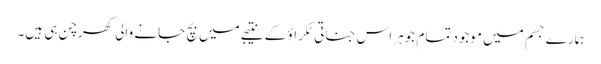
ہمارے جسم میں موجود تمام جوہر اس جناتی ٹکراؤ کے نتیجے میں بچ جانے والی کھرچن ہی ہیں۔